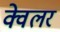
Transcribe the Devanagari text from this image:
क्वेलर